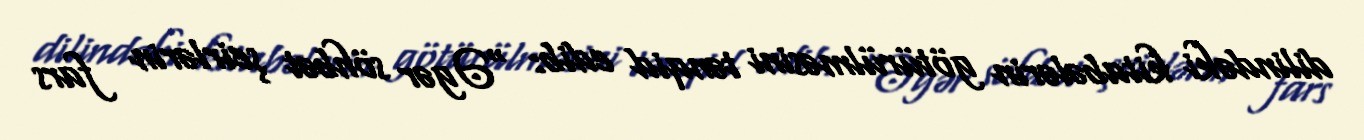
dilindəki kitabələrin götürülməsini tənqid edib: “Əgər söhbət şeirlərin fars